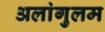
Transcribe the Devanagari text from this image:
अलांगुलम